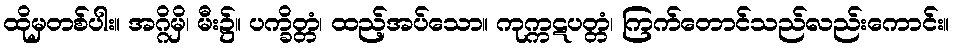
ထိုမှတစ်ပါး။ အဂ္ဂိမှိ၊ မီး၌။ ပက္ခိတ္တံ၊ ထည့်အပ်သော။ ကုက္ကဋပတ္တံ၊ ကြက်တောင်သည်လည်းကောင်း။